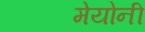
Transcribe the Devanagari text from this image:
मेयोनी